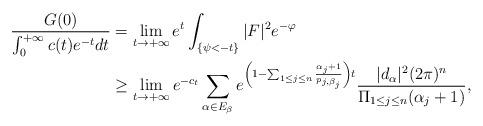
LaTeX: \begin{align*} \frac{G(0)}{\int_0^{+\infty}c(t)e^{-t}dt}&=\lim_{t\rightarrow+\infty}e^t \int_{\{\psi<-t\}}|F|^2e^{-\varphi}\\ &\geq \lim_{t\rightarrow+\infty}e^{-c_t}\sum_{\alpha\in E_\beta}e^{\left(1-\sum_{1\le j\le n}\frac{\alpha_j+1}{p_{j,\beta_j}}\right)t}\frac{|d_{\alpha}|^2(2\pi)^n}{\Pi_{1\le j\le n}(\alpha_j+1)}, \end{align*}